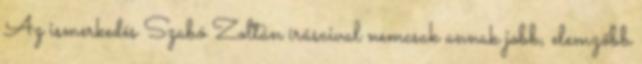
Az ismerkedés Szabó Zoltán írásaival nemcsak annak jobb, elemzőbb